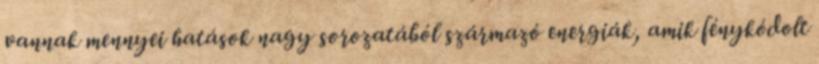
vannak mennyei hatások nagy sorozatából származó energiák, amik fénykódolt